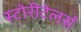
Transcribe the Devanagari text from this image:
स्टोरीटेलर्स